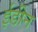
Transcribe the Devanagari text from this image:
ईडीन